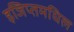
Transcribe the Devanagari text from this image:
इजिप्तमधिल